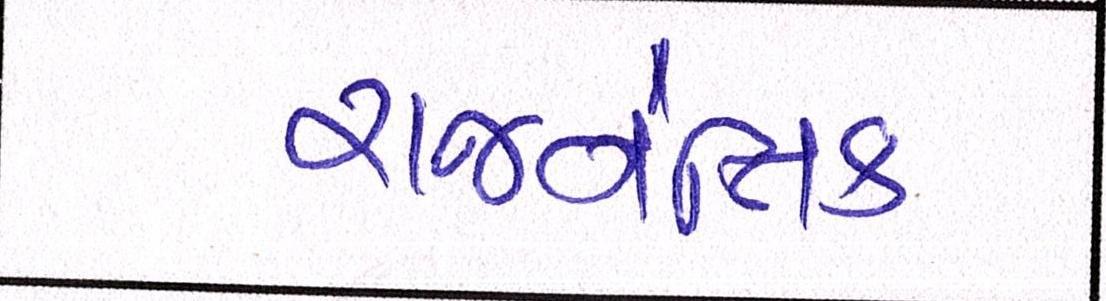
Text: રાજનૈતિક